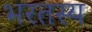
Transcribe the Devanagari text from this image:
भरतस्य